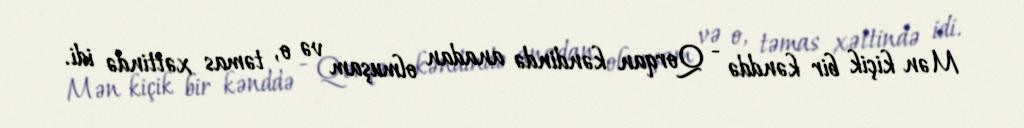
Mən kiçik bir kənddə - Qorqan kəndində anadan olmuşam və o, təmas xəttində idi.